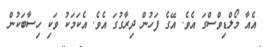
އެއާ މޯލްޑިވްސްގަ އެވެ. އޭގެ ފަހުން ދިރާގުގަ އެވެ. އެކަމަކު ވަކި ހިސާބަކުން